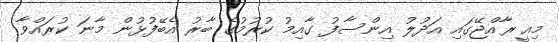
މިއީ ރާއްޖޭގައި އަދުލު އިންސާފު ގާއިމު ކުރުމުގެ ބާރު އެބޭފުޅުން މާނަ ކުރައްވާ